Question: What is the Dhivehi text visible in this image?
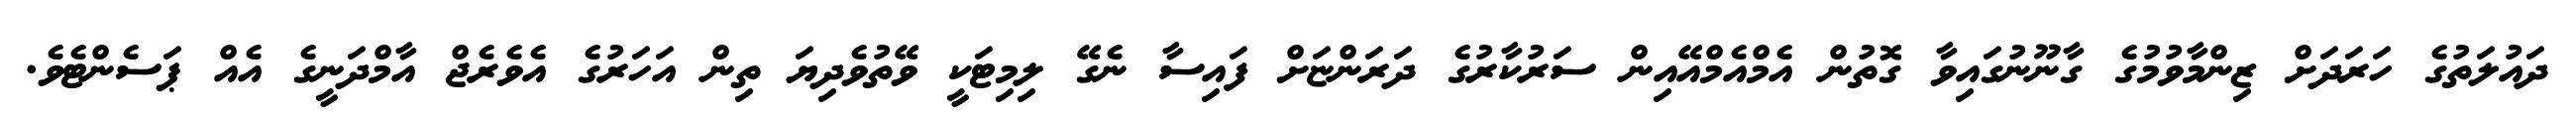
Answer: ދައުލަތުގެ ހަރަދަށް ޒިންމާވުމުގެ ގާނޫނުގައިވާ ގޮތުން އެމްއެމްއޭއިން ސަރުކާރުގެ ދަރަންޏަށް ފައިސާ ނެގޭ ލިމިޓަކީ ވޭތުވެދިޔަ ތިން އަހަރުގެ އެވެރެޖް އާމްދަނީގެ އެއް ޕަސެންޓެވެ.